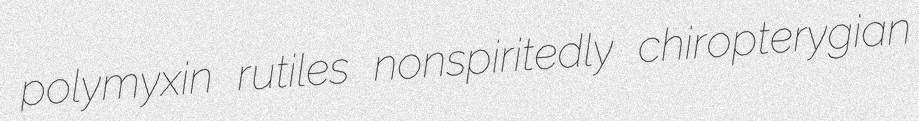
polymyxin rutiles nonspiritedly chiropterygian